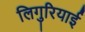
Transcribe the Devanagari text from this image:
लिगुरियाई